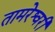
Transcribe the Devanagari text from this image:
तामरेश्वरी